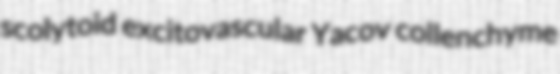
scolytoid excitovascular Yacov collenchyme